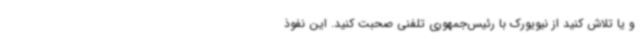
و یا تلاش کنید از نیویورک با رئیس‌جمهوری تلفنی صحبت کنید. این نفوذ